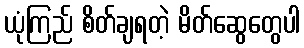
ယုံကြည် စိတ်ချရတဲ့ မိတ်ဆွေတွေပါ